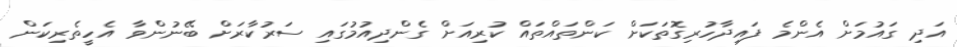
އަދި ގައުމަށް އެންމެ ފައިދާހުރިގޮތަކަށް ކަންތައްތައް ކުރިއަށް ގެންދިއުމުގައި ސަރުކާރަށް ބޭނުންވާ އެހީތެރިކަން